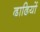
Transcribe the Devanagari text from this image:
ढाढियों